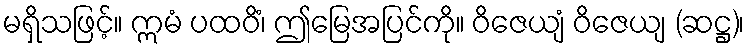
မရှိသဖြင့်။ ဣမံ ပထဝိံ၊ ဤမြေအပြင်ကို။ ဝိဇေယျံ ဝိဇေယျ (ဆဋ္ဌ)၊